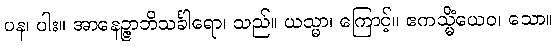
ပန၊ ပါး။ အာနေဉ္ဇာဘိသင်္ခါရော၊ သည်။ ယသ္မာ၊ ကြောင့်။ ဧကသ္မိံယေဝ၊ သော။